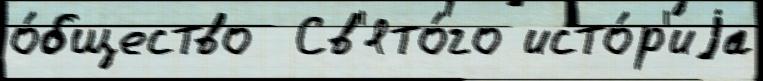
о́бщество  Св'ято́го исто́р'иjа